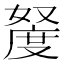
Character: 𫱩